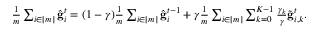
\begin{array} { r } { \frac { 1 } { m } \sum _ { i \in [ m ] } \hat { \mathbf { g } } _ { i } ^ { t } = ( 1 - \gamma ) \frac { 1 } { m } \sum _ { i \in [ m ] } \hat { \mathbf { g } } _ { i } ^ { t - 1 } + \gamma \frac { 1 } { m } \sum _ { i \in [ m ] } \sum _ { k = 0 } ^ { K - 1 } \frac { \gamma _ { k } } { \gamma } \tilde { \mathbf { g } } _ { i , k } ^ { t } . } \end{array}